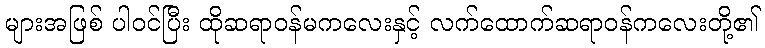
များအဖြစ် ပါဝင်ပြီး ထိုဆရာဝန်မကလေးနှင့် လက်ထောက်ဆရာဝန်ကလေးတို့၏